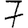
Digit: 7